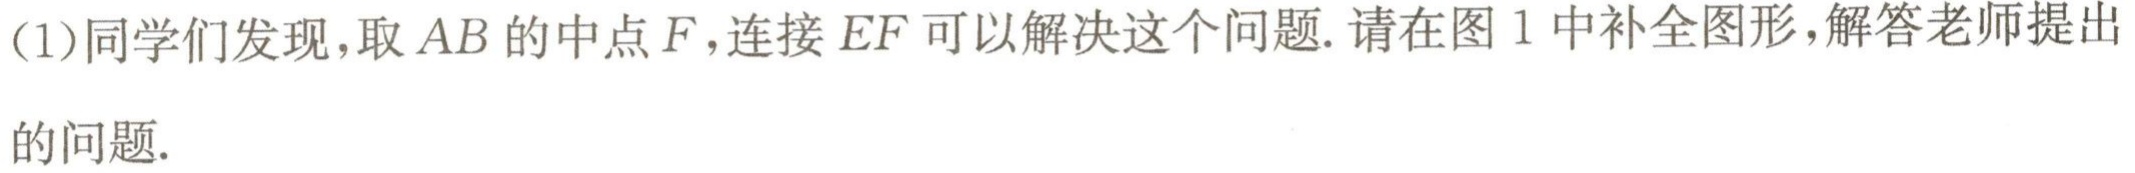
(1)同学们发现，取 \(AB\) 的中点 \(F\)，连接 \(EF\) 可以解决这个问题. 请在图 1 中补全图形，解答老师提出的问题.